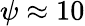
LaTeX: \psi\approx 10